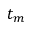
t _ { m }